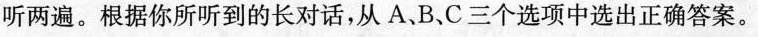
听两遍.根据你所听到的长对话,从 A、B、C三个选项中选出正确答案.。